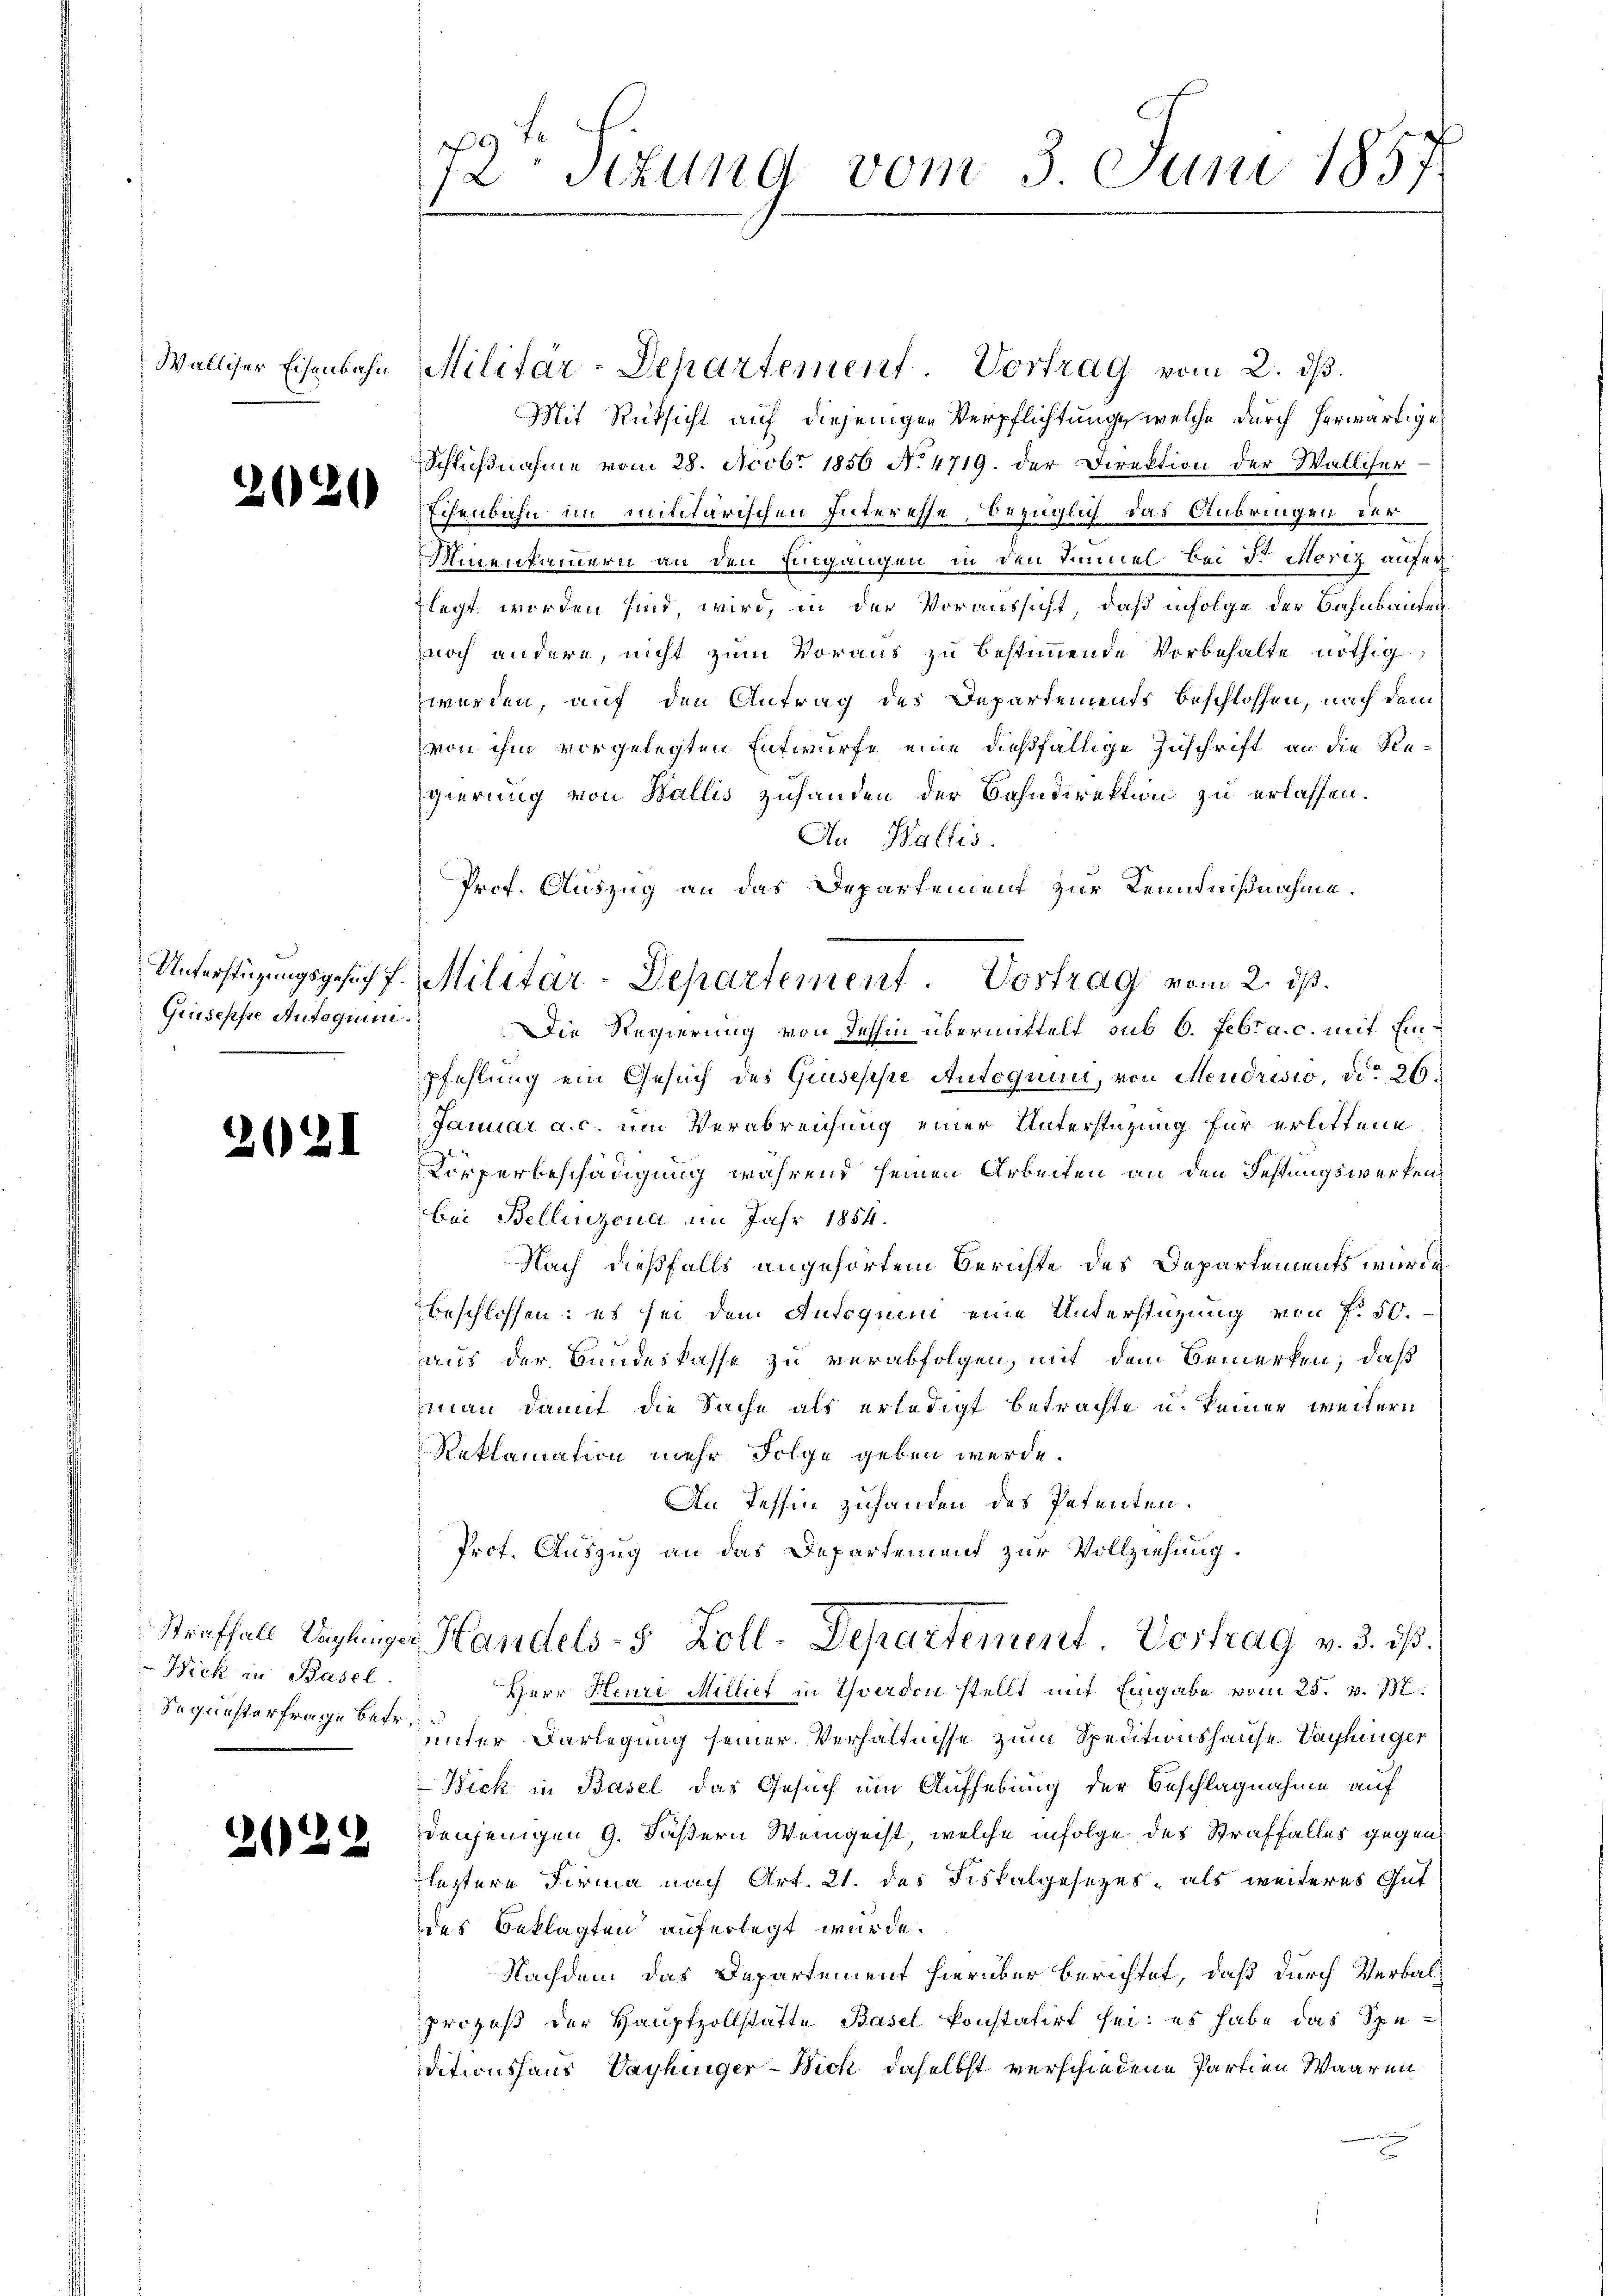
Walliser Eisenbahn

2020

Giuseppe Autoquini.

2021

Hick in Basel
Sequesterfrage betr.

d

b

2

72. Titung vom 3 Juni 1857

Prof. Auszug an das Departement zur Kenntnißnahme.
Unterstüzungsgesuch f. Militär-Departement. Vortrag vom 2. ds.

Militär-Departement. Vortrag vom 2. dβ.
Mit Rücksicht auf diejenigen Verpflichtung, welche durch herwärtige
Schlußnahme vom 28. Nobr 1856 No. 4719. der Direktion der Wallifer-
Echenbahn im mititärischen Interesse, bezüglich das Anbringen der
Minentanern an den Eingangen in den Immel bei der Moriz aufer
flegt worden sind, wird, in der Voraussicht, daß infolge der Bahnbanden
noch andere, nicht zum Voraus zu bestimmende Vorbehalte nöthig
werden, auf den Antrag des Departements beschlossen, nach dem
von ihm vorgelegten Entwurfe eine dießfällige Zuschrift an die Regierung von Wallis zuhanden der Bahndirektion zu erlassen.
An Wallis.
Die Regierung von dessin übermittelt sub 6. Febr a. c. mit Einpfehlung ein Gesuch des Giuseppe Autoquin, von Mendrisio, ddo 26.
Januar a. c. um Verabreichung einer Unterstüzung für erlittene
Körperbeschädigung während seinen Arbeiten an den Festungswerfen
bei Bellinzona im Jahr 1854.
Nach dießfalls angehörtem Berichte des Departements wurde
beschlossen: es sei dem Autoquin eine Unterstüzung von f. 50.
aus der Bundeskasse zu verabfolgen, mit dem Bemerken, daß
man damit die Sache als erledigt betrachte u. keiner weitern
Reklamation mehr Folge geben werde.
An Tessin zuhanden des Petenten.
Prot. Auszug an das Departement zur Vollziehung.
Straffall Reglungen Handels- & Zoll-Departement. Vertrag v. 3. dß.
Herr Heure Millier in Yverdon stellt mit Eingabe vom 25. v. M.
unter Darlegung seiner Verhältnisse zum Speditionshause Vashinger
Wick in Basel das Gesuch um Aufhebung der Beschlagnahme auf
denjenigen 9. Fäßern Weingeist, welche infolge des Straffalles gegen
leztere Firma nach Art. 21. des Fiskalgesezes, als weiteres Gut
des Beklagten auferlegt wurde.
Nachdem das Departement hierüber berichtet, daß durch Verbalprozeß der Hauptzollstätte Basel konstatirt sei; es habe das Speditionshaus Vayhinger-Bick daselbst verschiedene Partien Waaren